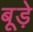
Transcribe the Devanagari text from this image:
बूड़े